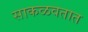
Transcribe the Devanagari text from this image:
साकळवतात